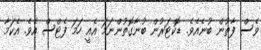
ވެސް ފާތުން ބުނެއެވެ. ޑޮކްޓަރުން ބުނާގޮތުންނަމަ އެއީ ހަމަ ފެޓްސް އެވެ. އެކަމާ